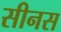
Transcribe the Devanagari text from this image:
सीनस